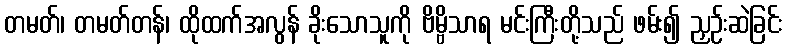
တမတ်၊ တမတ်တန်၊ ထိုထက်အလွန် ခိုးသောသူကို ဗိမ္ဗိသာရ မင်းကြီးတို့သည် ဖမ်း၍ ညှဉ်းဆဲခြင်း